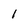
Character: 1